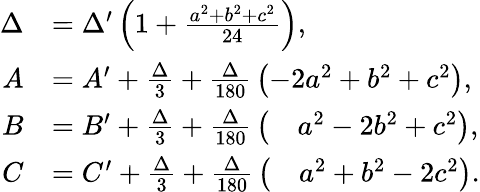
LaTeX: {\begin{array}{rl}{\Delta}&{=\Delta^{\prime}\left(1+{\frac{a^{2}+b^{2}+c^{2}}{24}}\right),}\\ {A}&{=A^{\prime}+{\frac{\Delta}{3}}+{\frac{\Delta}{180}}\left(-2a^{2}+b^{2}+c^{2}\right),}\\ {B}&{=B^{\prime}+{\frac{\Delta}{3}}+{\frac{\Delta}{180}}\left({\quad a^{2}-2b^{2}+c^{2}}\right),}\\ {C}&{=C^{\prime}+{\frac{\Delta}{3}}+{\frac{\Delta}{180}}\left({\quad a^{2}+b^{2}-2c^{2}}\right).}\end{array}}